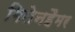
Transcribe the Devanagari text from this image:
गिलेनहैमर